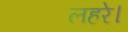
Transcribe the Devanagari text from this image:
लहरे।